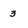
Character: 3